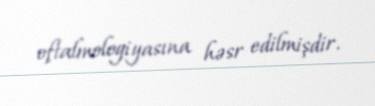
oftalmologiyasına həsr edilmişdir.